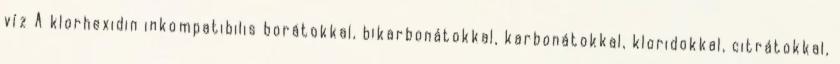
víz A klorhexidin inkompatibilis borátokkal, bikarbonátokkal, karbonátokkal, kloridokkal, citrátokkal,